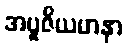
အပူဇိယမာနာ